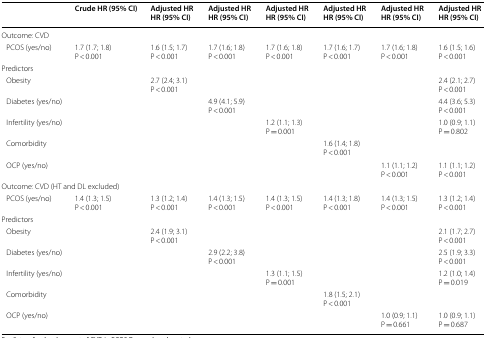
<table><thead><tr><td></td><td><b>Crude HR (95% CI)</b></td><td><b>Adjusted HRHR (95% CI)</b></td><td><b>Adjusted HRHR (95% CI)</b></td><td><b>Adjusted HRHR (95% CI)</b></td><td><b>Adjusted HRHR (95% CI)</b></td><td><b>Adjusted HRHR (95% CI)</b></td><td><b>Adjusted HRHR (95% CI)</b></td></tr></thead><tbody><tr><td colspan="8">Outcome: CVD</td></tr><tr><td> PCOS (yes/no)</td><td>1.7 (1.7; 1.8)P &lt; 0.001</td><td>1.6 (1.5; 1.7)P &lt; 0.001</td><td>1.7 (1.6; 1.8)P &lt; 0.001</td><td>1.7 (1.6; 1.8)P &lt; 0.001</td><td>1.7 (1.6; 1.7)P &lt; 0.001</td><td>1.7 (1.6; 1.8)P &lt; 0.001</td><td>1.6 (1.5; 1.6)P &lt; 0.001</td></tr><tr><td colspan="8">Predictors</td></tr><tr><td> Obesity</td><td></td><td>2.7 (2.4; 3.1)P &lt; 0.001</td><td></td><td></td><td></td><td></td><td>2.4 (2.1; 2.7)P &lt; 0.001</td></tr><tr><td> Diabetes (yes/no)</td><td></td><td></td><td>4.9 (4.1; 5.9)P &lt; 0.001</td><td></td><td></td><td></td><td>4.4 (3.6; 5.3)P &lt; 0.001</td></tr><tr><td> Infertility (yes/no)</td><td></td><td></td><td></td><td>1.2 (1.1; 1.3)P = 0.001</td><td></td><td></td><td>1.0 (0.9; 1.1)P = 0.802</td></tr><tr><td> Comorbidity</td><td></td><td></td><td></td><td></td><td>1.6 (1.4; 1.8)P &lt; 0.001</td><td></td><td></td></tr><tr><td> OCP (yes/no)</td><td></td><td></td><td></td><td></td><td></td><td>1.1 (1.1; 1.2)P &lt; 0.001</td><td>1.1 (1.1; 1.2)P &lt; 0.001</td></tr><tr><td colspan="8">Outcome: CVD (HT and DL excluded)</td></tr><tr><td> PCOS (yes/no)</td><td>1.4 (1.3; 1.5)P &lt; 0.001</td><td>1.3 (1.2; 1.4)P &lt; 0.001</td><td>1.4 (1.3; 1.5)P &lt; 0.001</td><td>1.4 (1.3; 1.5)P &lt; 0.001</td><td>1.4 (1.3; 1.8)P &lt; 0.001</td><td>1.4 (1.3; 1.5)P &lt; 0.001</td><td>1.3 (1.2; 1.4)P &lt; 0.001</td></tr><tr><td colspan="8">Predictors</td></tr><tr><td> Obesity</td><td></td><td>2.4 (1.9; 3.1)P &lt; 0.001</td><td></td><td></td><td></td><td></td><td>2.1 (1.7; 2.7)P &lt; 0.001</td></tr><tr><td> Diabetes (yes/no)</td><td></td><td></td><td>2.9 (2.2; 3.8)P &lt; 0.001</td><td></td><td></td><td></td><td>2.5 (1.9; 3.3)P &lt; 0.001</td></tr><tr><td> Infertility (yes/no)</td><td></td><td></td><td></td><td>1.3 (1.1; 1.5)P = 0.001</td><td></td><td></td><td>1.2 (1.0; 1.4)P = 0.019</td></tr><tr><td> Comorbidity</td><td></td><td></td><td></td><td></td><td>1.8 (1.5; 2.1)P &lt; 0.001</td><td></td><td></td></tr><tr><td> OCP (yes/no)</td><td></td><td></td><td></td><td></td><td></td><td>1.0 (0.9; 1.1)P = 0.661</td><td>1.0 (0.9; 1.1)P = 0.687</td></tr></tbody></table>